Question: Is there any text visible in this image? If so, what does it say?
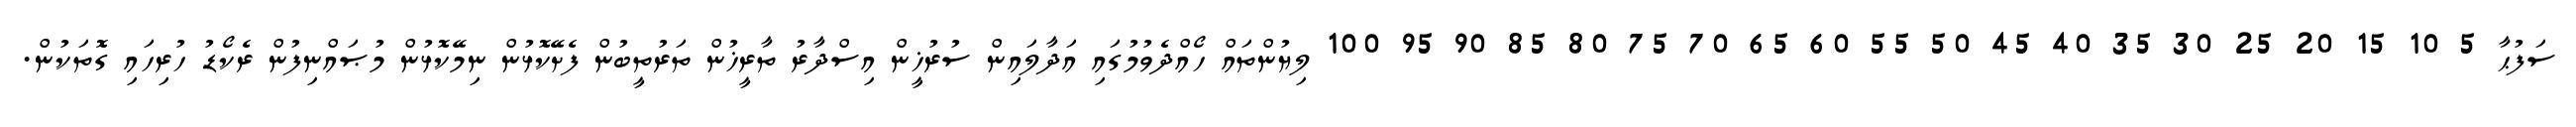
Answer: ސަފުޙާ 5 10 15 20 25 30 35 40 45 50 55 60 65 70 75 80 85 90 95 100 ލިޔުންތައް ހޯއްދެވުމުގައި އަދާލައިން ސުރުޚީން އިސްދާރު ތާރީޚުން ތަރުތީބުން ފެށޭކޮޅުން ނިމޭކޮޅުން މުޞައްނިފުން ރެކޯޑު ހުރިހައި ގޮތަކުން.